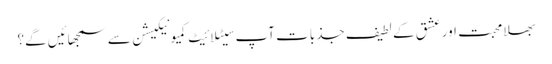
بھلا محبت اور عشق کے لطیف جذبات آپ سیٹلائیٹ کمیونیکیشن سے سمجھائیں گے؟